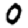
Digit: 0